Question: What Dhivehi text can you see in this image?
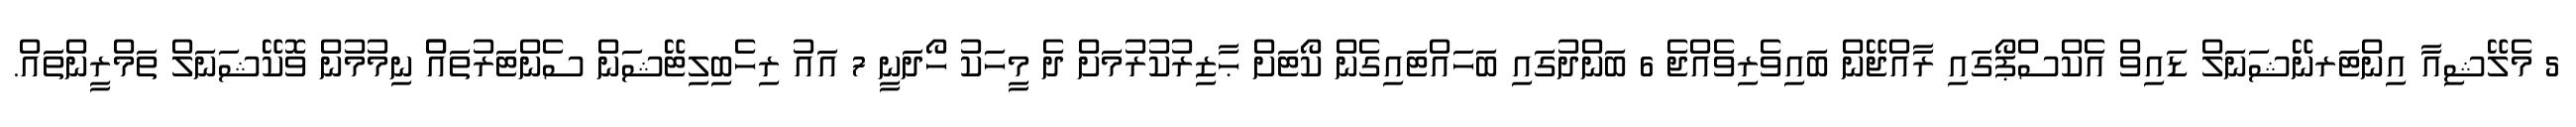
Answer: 5 މެލޭޝިއާ އިންޓަރނޭޝަނަލް ޑައިވް އެކްސްޕޯގައި ރާއްޖޭން ބައިވެރިވެއްޖެ 6 ބަންދުގައި ބަހައްޓައިގެން ކޯޓަށް ޙާޒިރުކުރުމަށް ދެ މީހަކު ހޯދަނީ 7 އައު ރިހެބިލިޓޭޝަން ސެންޓަރުތައްް ނިމުމުން ވޮކޭޝަނަލް ތަމްރީންތައް.